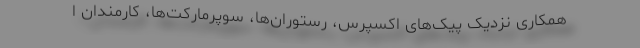
همکاری نزدیک پیک‌های اکسپرس، رستوران‌ها، سوپرمارکت‌ها، کارمندان ا